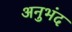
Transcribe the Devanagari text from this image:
अनुभंद